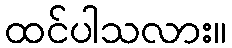
ထင်ပါသလား။